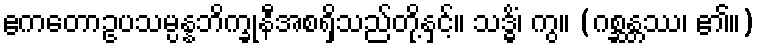
ဧကတောဥပသမ္ပန္နဘိက္ခုနီအစရှိသည်တို့နှင့်။ သဒ္ဓိံ၊ ကွ။ (ဂစ္ဆန္တဿ၊ ၏။)